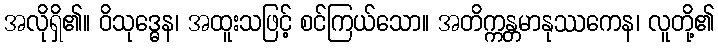
အလိုရှိ၏။ ဝိသုဒ္ဓေန၊ အထူးသဖြင့် စင်ကြယ်သော။ အတိက္ကန္တမာနုဿကေန၊ လူတို့၏